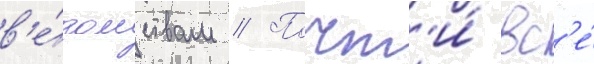
в'е́домствам // Почт'и́ вс'е́